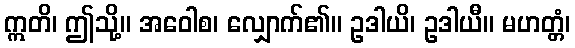
ဣတိ၊ ဤသို့။ အဝေါစ၊ လျှောက်၏။ ဥဒါယိ၊ ဥဒါယီ။ မဟတ္တံ၊